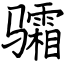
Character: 骦